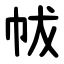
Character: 帗